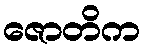
ဇောတိက